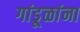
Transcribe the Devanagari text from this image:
गांडूळांना